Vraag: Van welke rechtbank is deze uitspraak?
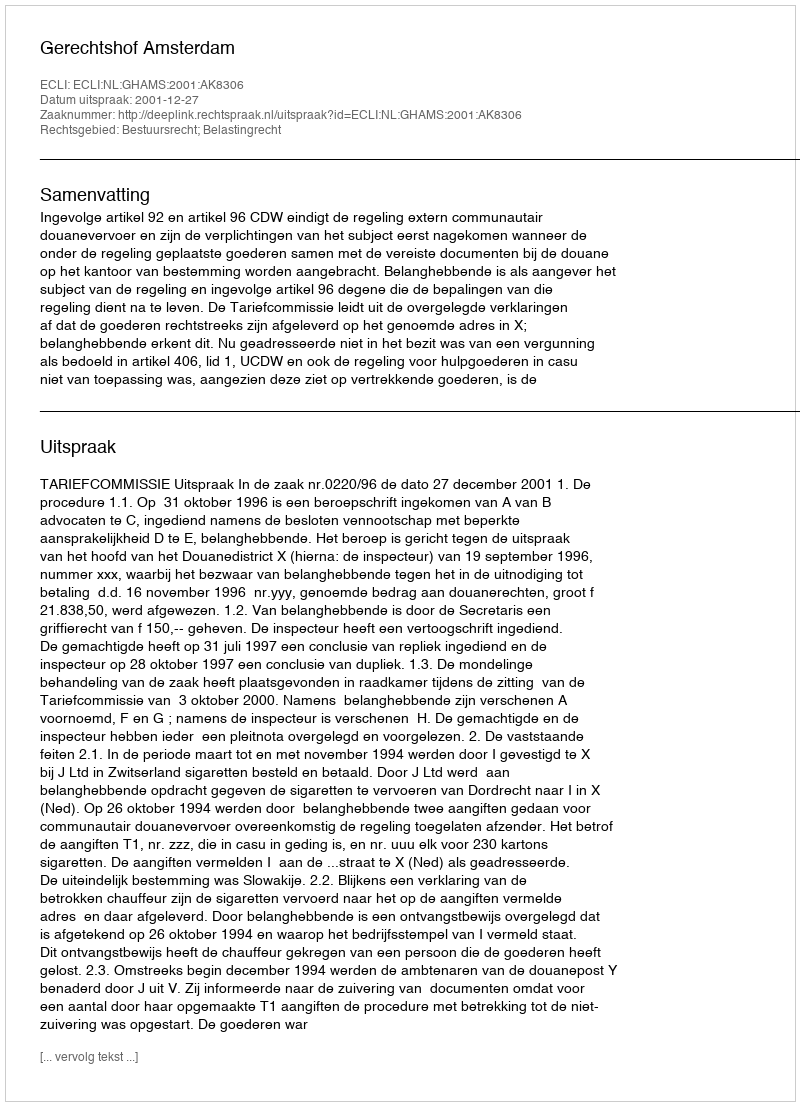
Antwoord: Gerechtshof Amsterdam